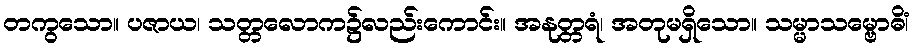
တကွသော။ ပဇာယ၊ သတ္တလောက၌လည်းကောင်း။ အနုတ္တရံ၊ အတုမရှိသော။ သမ္မာသမ္ဗောဓိံ၊